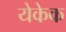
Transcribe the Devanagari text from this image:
येकेक